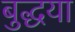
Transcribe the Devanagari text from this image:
बुद्धया